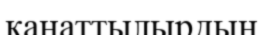
қанаттылырдың